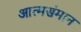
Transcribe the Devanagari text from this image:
आत्मसंमान